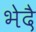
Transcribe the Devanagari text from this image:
भेदै